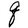
Character: q